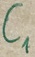
Text: C1